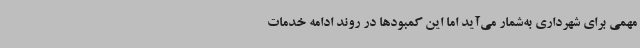
مهمی برای شهرداری به‌شمار می‌آید اما این کمبودها در روند ادامه خدمات